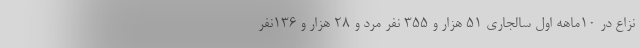
نزاع در ۱۰ماهه اول سالجاری ۵۱ هزار و ۳۵۵ نفر مرد و ۲۸ هزار و ۱۳۶نفر